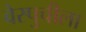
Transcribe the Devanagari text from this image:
वेस्पुचीला